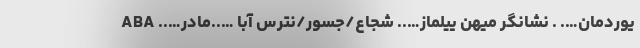
یوردمان…. . نشانگر میهن ییلماز….. شجاع/جسور/نترس آبا …..مادر….. ABA